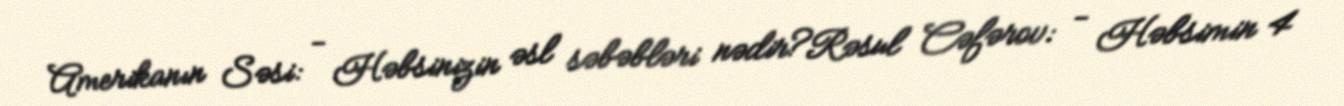
Amerikanın Səsi: - Həbsinizin əsl səbəbləri nədir?Rəsul Cəfərov: - Həbsimin 4